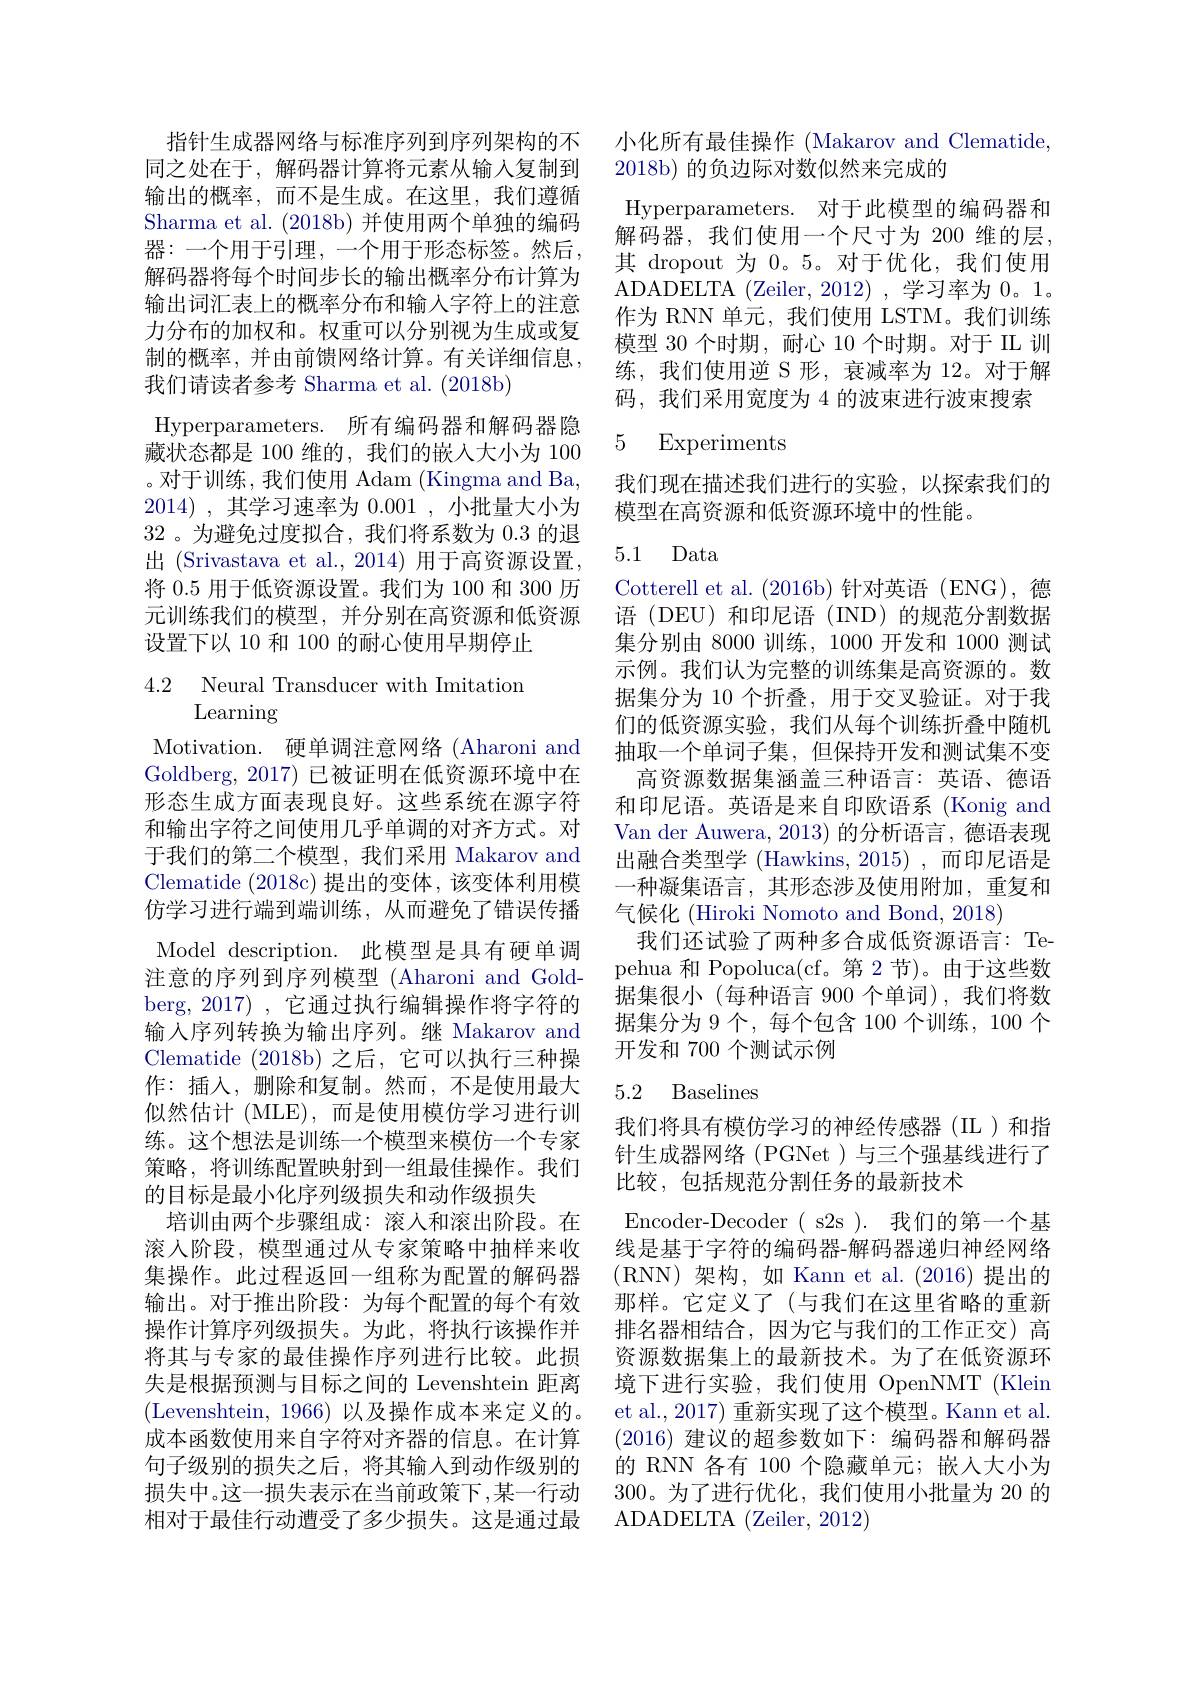
指针生成器网络与标准序列到序列架构的不同之处在于，解码器计算将元素从输入复制到输出的概率，而不是生成。在这里，我们遵循Sharma et al. (2018b) 并使用两个单独的编码器：一个用于引理，一个用于形态标签。然后， 解码器将每个时间步长的输出概率分布计算为输出词汇表上的概率分布和输入字符上的注意力分布的加权和。权重可以分别视为生成或复制的概率，并由前馈网络计算。有关详细信息， 我们请读者参考 Sharma et al. (2018b)
Hyperparameters.所有编码器和解码器隐藏状态都是 100 维的，我们的嵌入大小为 100 。对于训练，我们使用 Adam (Kingma and Ba, 2014) , 其学习速率为 0.001 , 小批量大小为32 。为避免过度拟合，我们将系数为0.3的退出 (Srivastava et al.,2014) 用于高资源设置， 将 0.5 用于低资源设置。我们为 100 和 300 历元训练我们的模型，并分别在高资源和低资源设置下以 10 和 100 的耐心使用早期停止

4.2 Neural Transducer with Imitatiom
Learning

Motivation. 硬单调注意网络(Aharoni and Goldberg, 2017) 已被证明在低资源环境中在形态生成方面表现良好。这些系统在源字符和输出字符之间使用几乎单调的对齐方式。对于我们的第二个模型，我们采用 Makarov and Clematide (2018c) 提出的变体，该变体利用模仿学习进行端到端训练，从而避免了错误传播Model description.此模型是具有硬单调注意的序列到序列模型 (Aharoni and Goldberg, 2017) , 它通过执行编辑操作将字符的输入序列转换为输出序列。继 Makarov and Clematide (2018b) 之后，它可以执行三种操作：插入，删除和复制。然而，不是使用最大似然估计 (MLE),而是使用模仿学习进行训练。这个想法是训练一个模型来模仿一个专家策略，将训练配置映射到一组最佳操作。我们的目标是最小化序列级损失和动作级损失
培训由两个步骤组成：滚人和滚出阶段。在滚人阶段，模型通过从专家策略中抽样来收集操作。此过程返回一组称为配置的解码器输出。对于推出阶段：为每个配置的每个有效操作计算序列级损失。为此，将执行该操作并将其与专家的最佳操作序列进行比较。此损失是根据预测与目标之间的 Levenshtein 距离(Levenshtein, 1966) 以及操作成本来定义的。成本函数使用来自字符对齐器的信息。在计算句子级别的损失之后，将其输入到动作级别的损失中。这一损失表示在当前政策下，某一行动相对于最佳行动遭受了多少损失。这是通过最

小化所有最佳操作 (Makarov and Clematide,
2018b) 的负边际对数似然来完成的
Hyperparameters. 对于此模型的编码器和解码器，我们使用一个尺寸为 200 维的层， 其 dropout 为 0。5。对于优化，我们使用ADADELTA ( Zeiler, 2012) , 学习率为 0。1。作为 RNN 单元，我们使用 LSTM。我们训练模型 30 个时期，耐心 10 个时期。对于 IL 训练，我们使用逆 S 形，衰减率为 12。对于解码，我们采用宽度为 4 的波束进行波束搜索

## 5 Experiments

我们现在描述我们进行的实验，以探索我们的
模型在高资源和低资源环境中的性能。

5.1 Data

Cotterell et al.(2016b)针对英语(ENG),德语 (DEU) 和印尼语 (IND)的规范分割数据集分别由 8000 训练，1000 开发和 1000 测试示例。我们认为完整的训练集是高资源的。数据集分为 10 个折叠，用于交叉验证。对于我们的低资源实验，我们从每个训练折叠中随机抽取一个单词子集，但保持开发和测试集不变
高资源数据集涵盖三种语言：英语、德语和印尼语。英语是来自印欧语系(Konig and Van der Auwera, 2013) 的分析语言，德语表现出融合类型学 (Hawkins, 2015) ,而印尼语是一种凝集语言，其形态涉及使用附加，重复和气候化 (Hiroki Nomoto and Bond, 2018)
我们还试验了两种多合成低资源语言：Tepehua 和 Popoluca(cf。第2节)。由于这些数据集很小(每种语言 900 个单词),我们将数据集分为 9 个，每个包含 100 个训练，100 个开发和 700 个测试示例

## 5.2 Baselines

我们将具有模仿学习的神经传感器(IL)和指针生成器网络(PGNet)与三个强基线进行了比较，包括规范分割任务的最新技术
Encoder-Decoder(s2s).我们的第一个基线是基于字符的编码器-解码器递归神经网络(RNN)架构，如 Kann et al.(2016)提出的那样。它定义了(与我们在这里省略的重新排名器相结合，因为它与我们的工作正交)高资源数据集上的最新技术。为了在低资源环境下进行实验，我们使用 OpenNMT (Klein et al., 2017) 重新实现了这个模型。Kann et al. (2016)建议的超参数如下：编码器和解码器的 RNN 各有 100 个隐藏单元；嵌入大小为300。为了进行优化，我们使用小批量为 20 的ADADELTA (Zeiler,2012)